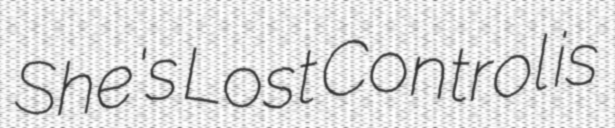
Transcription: She's Lost Control is